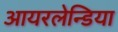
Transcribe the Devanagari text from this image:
आयरलेन्डिया